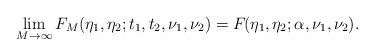
\begin{align*}\lim_{M\to\infty} F_M(\eta_1, \eta_2;t_1,t_2, \nu_1, \nu_2)=F_{}(\eta_1, \eta_2;\alpha, \nu_1, \nu_2).\end{align*}